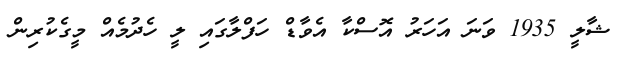
ޝާލީ 1935 ވަނަ އަހަރު އޮސްކާ އެވާޑް ހަފްލާގައި ލީ ހެދުމެއް މީގެކުރިން